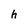
Character: h